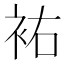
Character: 𧙗